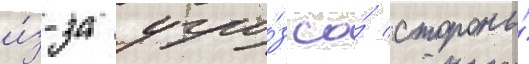
и́з-за угро́з со́ стороны́